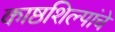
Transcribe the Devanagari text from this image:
काष्ठशिल्पांचे